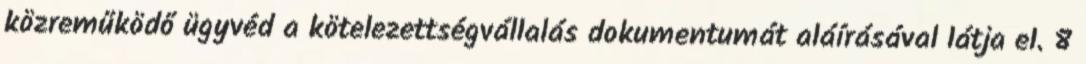
közreműködő ügyvéd a kötelezettségvállalás dokumentumát aláírásával látja el. 8